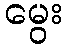
မွေး